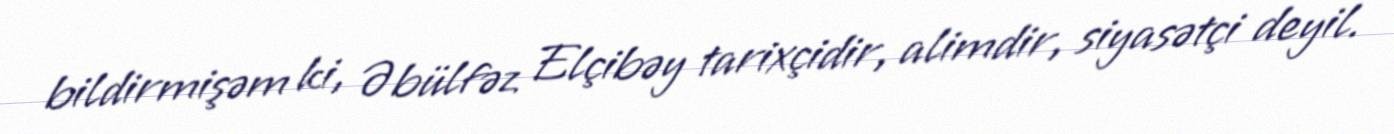
bildirmişəm ki, Əbülfəz Elçibəy tarixçidir, alimdir, siyasətçi deyil.